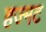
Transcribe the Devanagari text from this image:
हज्मट